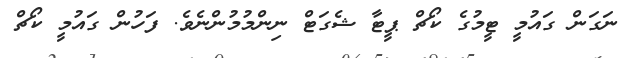
ނަގަން ގައުމީ ޓީމުގެ ކޯޗް ޕީޓާ ޝެގަޓް ނިންމުމުންނެވެ. ފަހުން ގައުމީ ކޯޗް